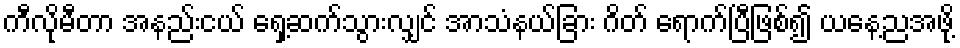
ကီလိုမီတာ အနည်းငယ် ရှေ့ဆက်သွားလျှင် အာသံနယ်ခြား ဂိတ် ရောက်ပြီဖြစ်၍ ယနေ့ညအဖို့